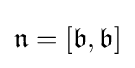
{\mathfrak {n}}=[{\mathfrak {b}},{\mathfrak {b}}]